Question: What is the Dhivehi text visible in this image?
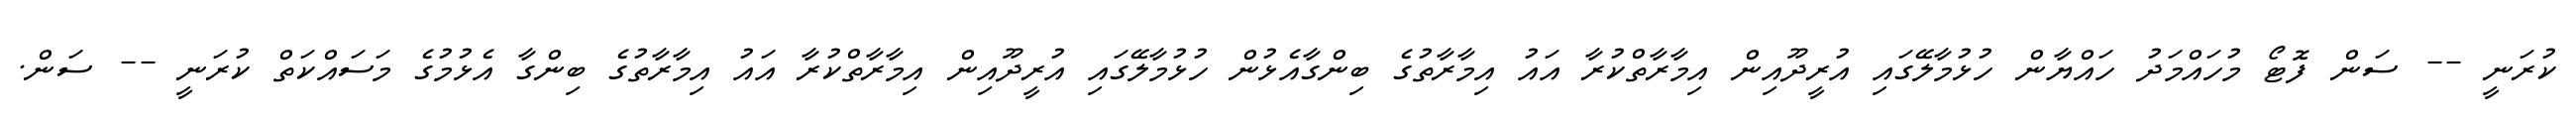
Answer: ކުރަނީ -- ސަން ފޮޓޯ މުހައްމަދު ހައްޔާން ހުޅުމާލޭގައި އުރީދޫއިން އިމާރާތްކުރާ އައު އިމާރާތުގެ ބިންގާއެޅުން ހުޅުމާލޭގައި އުރީދޫއިން އިމާރާތްކުރާ އައު އިމާރާތުގެ ބިންގާ އެޅުމުގެ މަސައްކަތް ކުރަނީ -- ސަން.